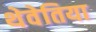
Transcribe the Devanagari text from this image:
थेवेतिया